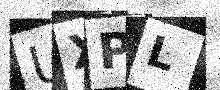
Text: UXPL